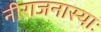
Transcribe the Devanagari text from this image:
नीराजनास्याः